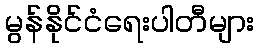
မွန်နိုင်ငံရေးပါတီများ